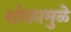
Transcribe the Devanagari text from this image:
शोकामुळे